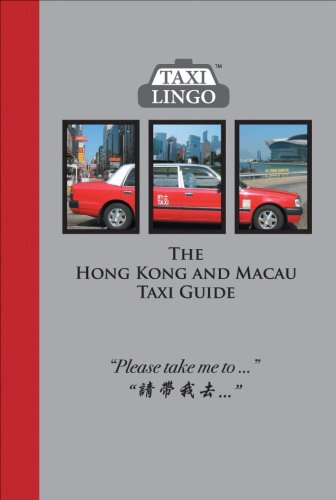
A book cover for The Hong Kong and Macau Taxi Guide; Kimberly Fayet Whiley; Travel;